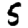
Digit: 5